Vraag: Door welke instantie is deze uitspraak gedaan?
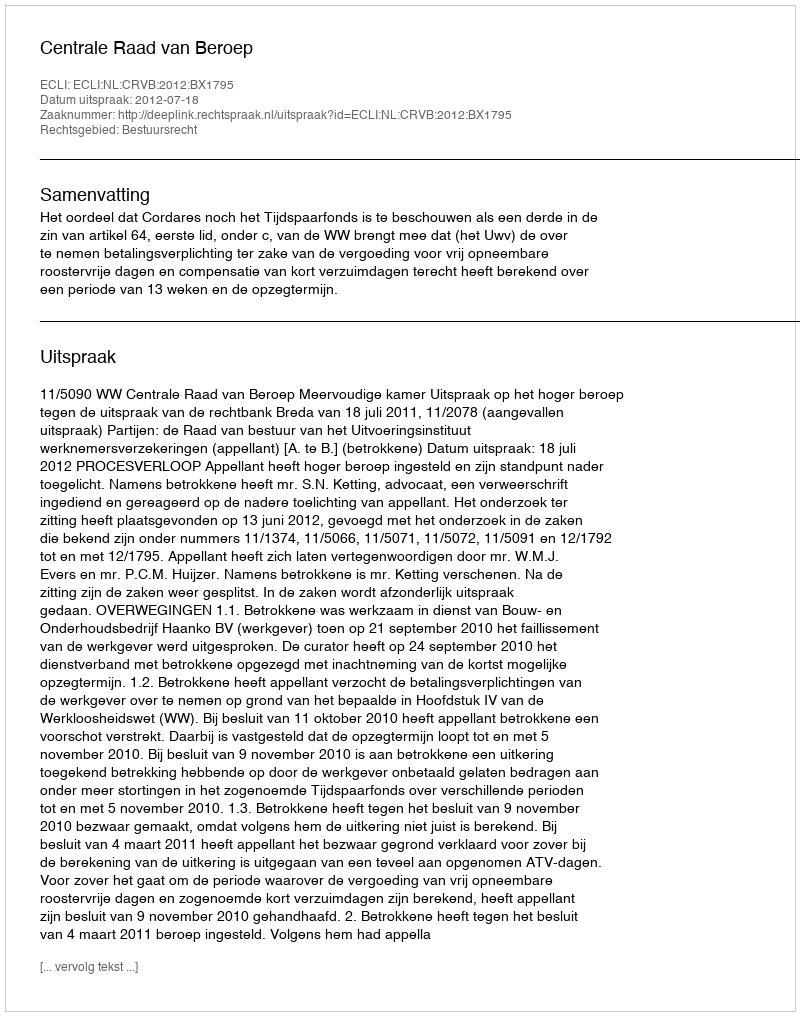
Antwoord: Centrale Raad van Beroep